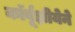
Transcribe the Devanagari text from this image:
कॉर्बूझीयेने